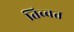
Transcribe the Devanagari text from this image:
तिब्वत